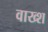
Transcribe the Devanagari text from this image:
वाख्श